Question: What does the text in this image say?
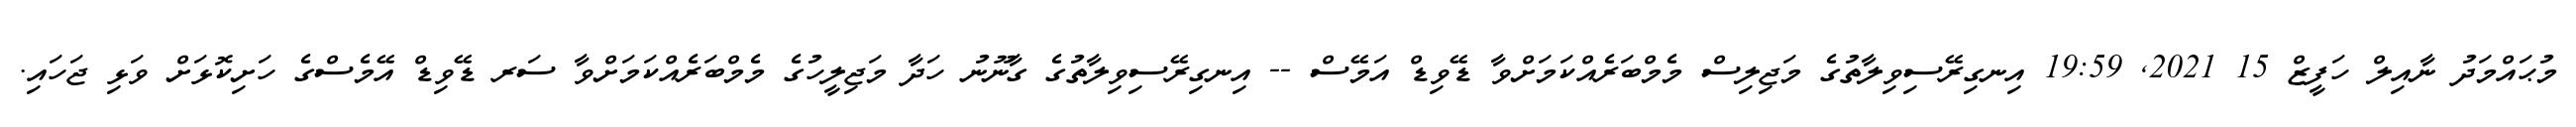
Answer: މުޙައްމަދު ނާއިލް ހަފީޒް 15 2021, 19:59 އިނގިރޭސިވިލާތުގެ މަޖިލިސް މެމްބަރެއްކަމަށްވާ ޑޭވިޑް އަމޭސް -- އިނގިރޭސިވިލާތުގެ ގާނޫނު ހަދާ މަޖިލީހުގެ މެމްބަރެއްކަމަށްވާ ސަރ ޑޭވިޑް އޭމެސްގެ ހަށިކޮޅަށް ވަޅި ޖަހައި.